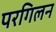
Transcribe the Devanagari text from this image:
परगिलन